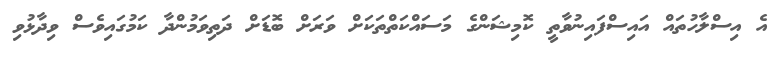
އެ އިސްލާހުތައް އައިސްފައިނުވާތީ ކޮމިޝަންގެ މަސައްކަތްތަކަށް ވަރަށް ބޮޑަށް ދަތިވަމުންދާ ކަމުގައިވެސް ވިދާޅުވި